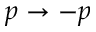
p \to - p